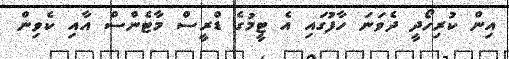
އިން ކުރިހޯދީ ދެވަނަ ހާފުގައި އެ ޓީމުގެ ޑްރީސް މާޓެންސް އާއި ކެވިން